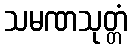
သမဏသုတ္တံ